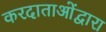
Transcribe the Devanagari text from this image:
करदाताओंद्वारा